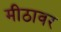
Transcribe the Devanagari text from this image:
मीठावर